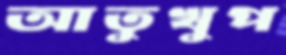
আতুখুপ